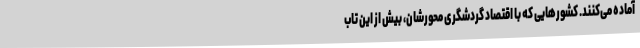
آماده می‌کنند. کشورهایی که با اقتصاد گردشگری محورشان، بیش از این تاب